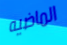
الماضيه